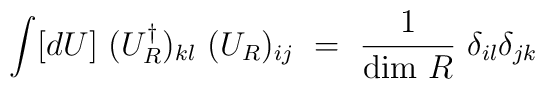
\int [dU]~(U_R^{\dagger})_{kl}~(U_R)_{ij}~=~\frac{1}{{\rm dim}~R}~\delta_{il}\delta_{jk}